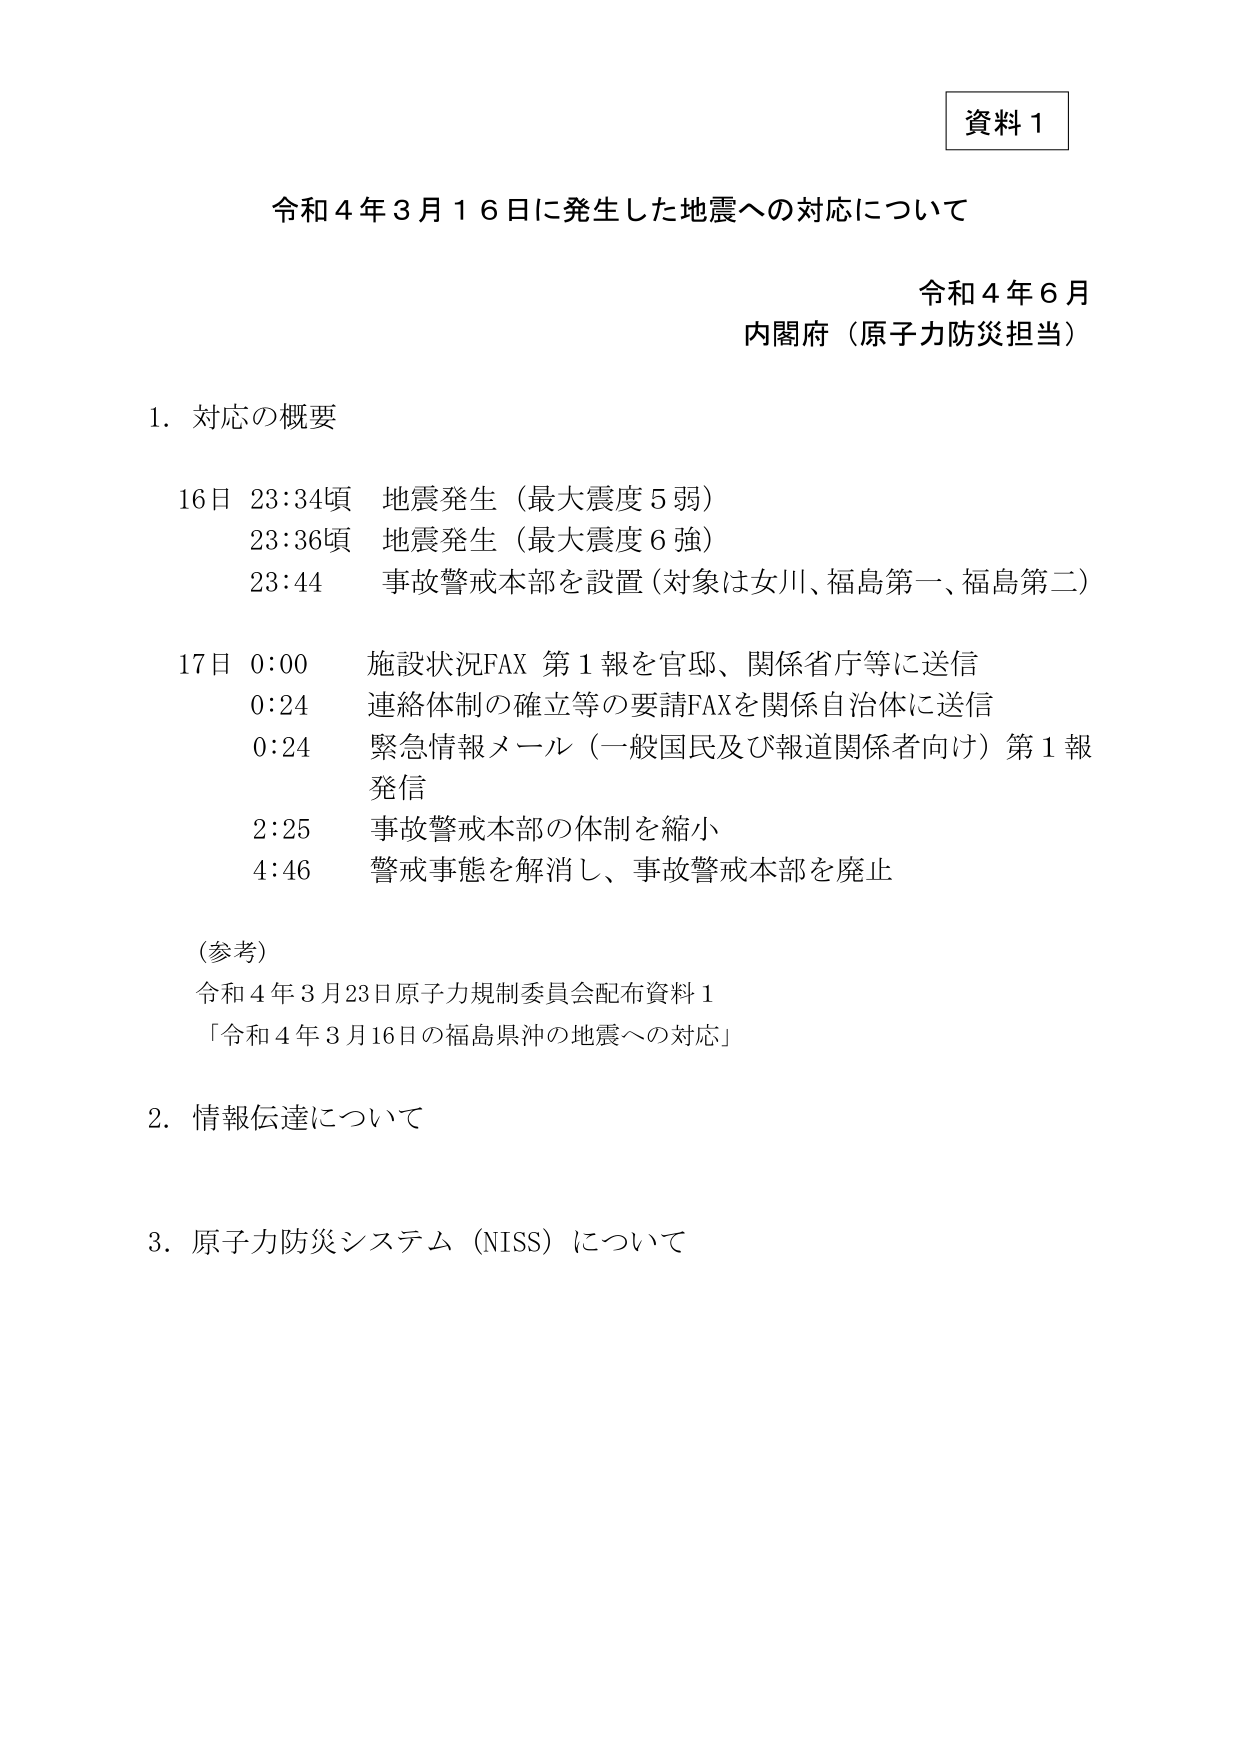
資料１

令和４年３月１６日に発生した地震への対応について

令和４年６月
内閣府（原子力防災担当）

１．対応の概要

１６日 ２３：３４頃 地震発生（最大震度５弱）
　　　２３：３６頃 地震発生（最大震度６強）
　　　２３：４４ 事故警戒本部を設置（対象は女川、福島第一、福島第二）

１７日 ０：００ 施設状況FAX 第１報を官邸、関係省庁等に送信
　　　０：２４ 連絡体制の確立等の要請FAXを関係自治体に送信
　　　０：２４ 緊急情報メール（一般国民及び報道関係者向け）第１報発信
　　　２：２５ 事故警戒本部の体制を縮小
　　　４：４６ 警戒事態を解消し、事故警戒本部を廃止

（参考）
令和４年３月２３日原子力規制委員会配布資料１
「令和４年３月１６日の福島県沖の地震への対応」

２．情報伝達について

３．原子力防災システム（NISS）について